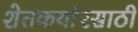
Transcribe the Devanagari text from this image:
शेतकर्यारसाठी